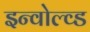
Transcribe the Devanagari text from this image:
इन्वोल्व्ड